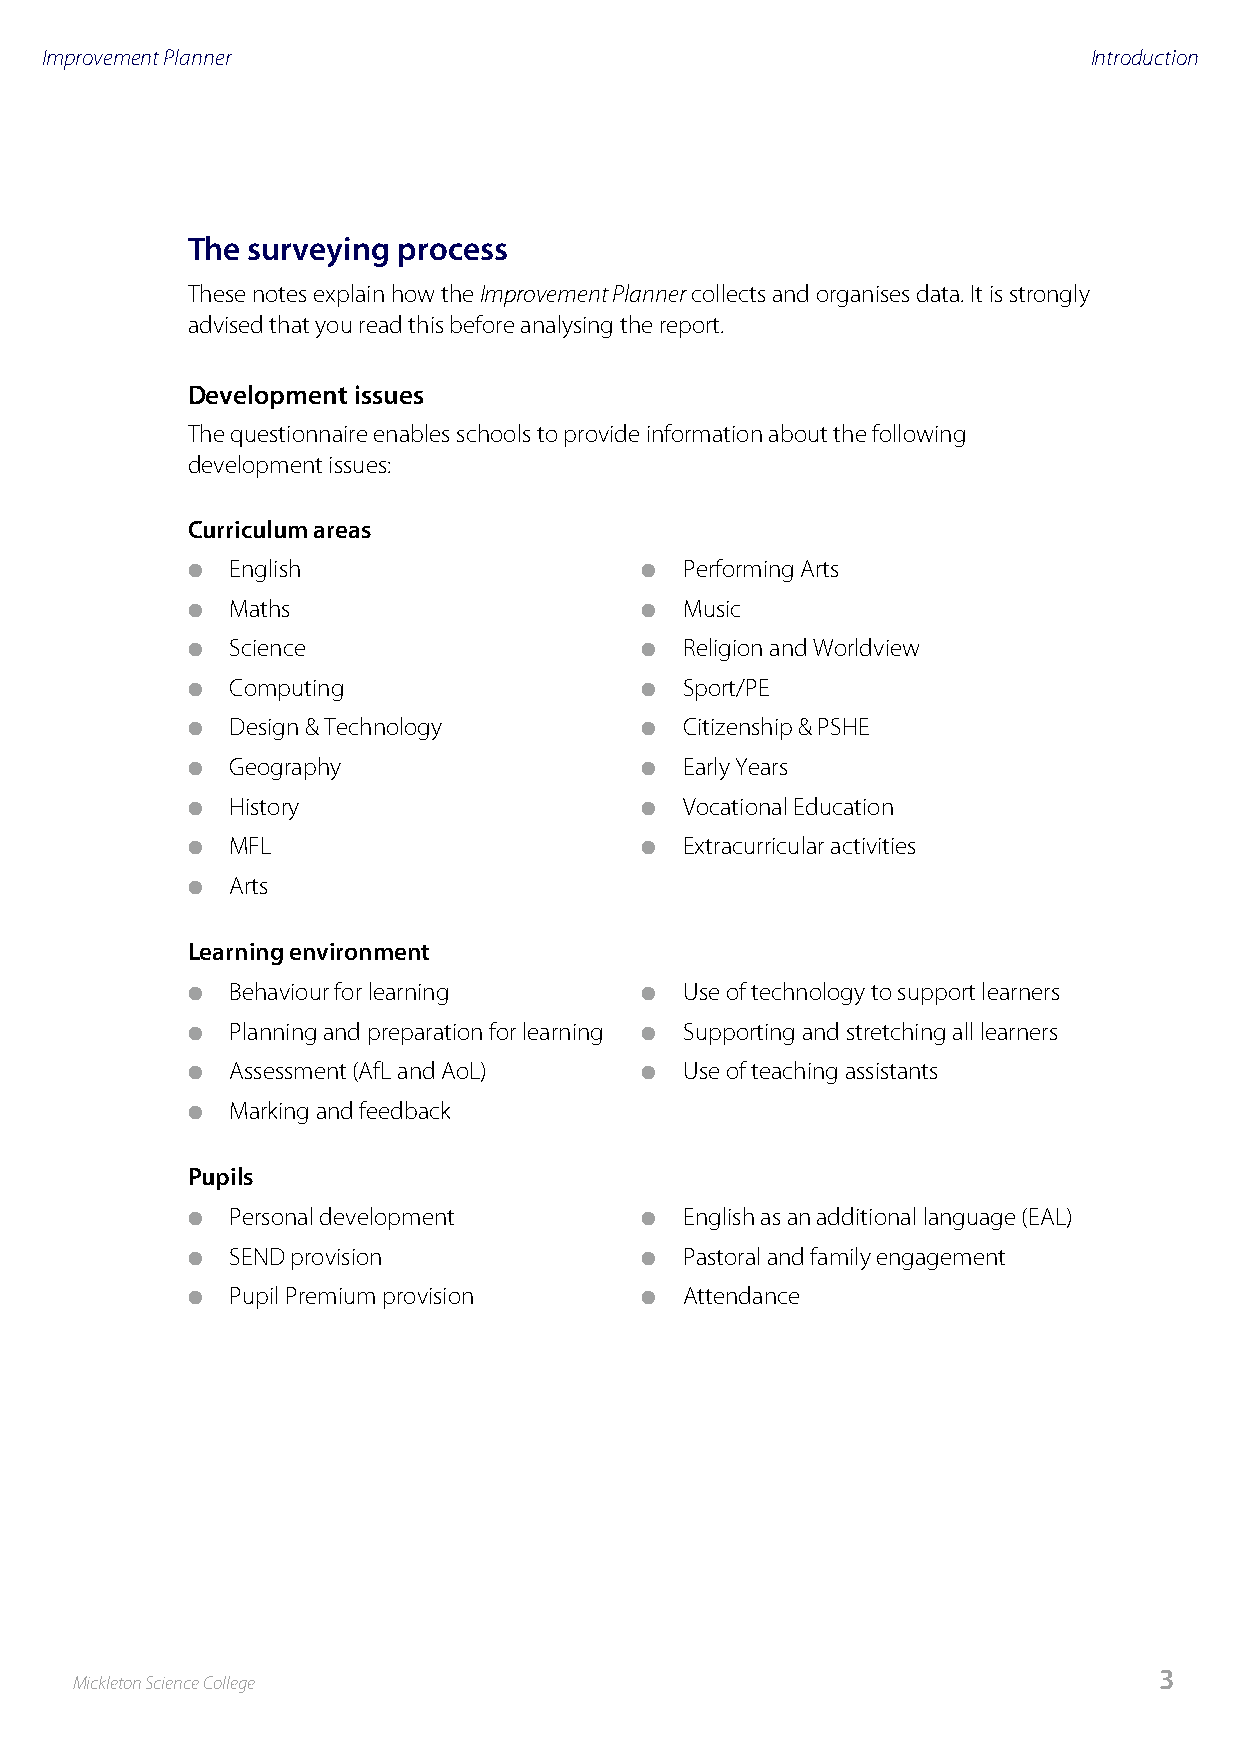
Improvement Planner                                                  Introduction
 The surveying process
 These notes explain how the Improvement Planner collects and organises data. It is strongly
 advised that you read this before analysing the report.
 Development issues
 The questionnaire enables schools to provide information about the following
 development issues:
 Curriculum areas
 l  English                    l  Performing Arts
 l  Maths                      l  Music
 l  Science                    l  Religion and Worldview
 l  Computing                  l  Sport/PE
 l  Design & Technology        l  Citizenship & PSHE
 l  Geography                  l  Early Years
 l  History                    l  Vocational Education
 l  MFL                        l  Extracurricular activities
 l  Arts
 Learning environment
 l  Behaviour for learning     l  Use of technology to support learners
 l  Planning and preparation for learning l Supporting and stretching all learners
 l  Assessment (AfL and AoL)   l  Use of teaching assistants
 l  Marking and feedback
 Pupils
 l  Personal development       l  English as an additional language (EAL)
 l  SEND provision             l  Pastoral and family engagement
 l  Pupil Premium provision    l  Attendance
 3
 Mickleton Science College